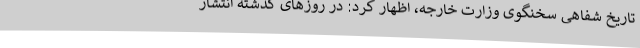
تاریخ شفاهی سخنگوی وزارت خارجه، اظهار کرد: در روزهای گذشته انتشار